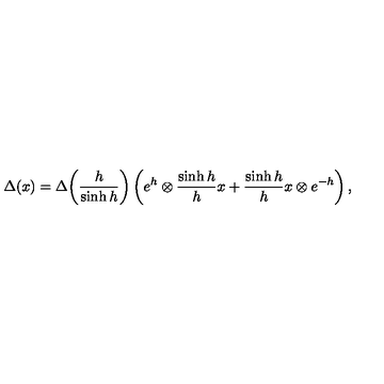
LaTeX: \Delta ( x ) = \Delta \! \left( \frac { h } { \sinh h } \right) \left( e ^ { h } \otimes \frac { \sinh h } { h } x + \frac { \sinh h } { h } x \otimes e ^ { - h } \right) ,